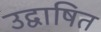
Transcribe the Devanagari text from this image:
उद्वाषित